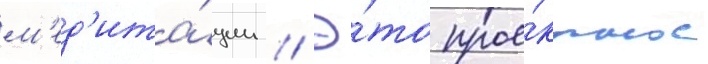
м'ед'ита́ции // Э́то прое́ктное